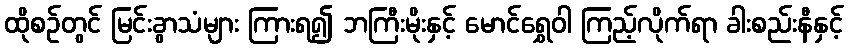
ထိုစဉ်တွင် မြင်းခွာသံများ ကြားရ၍ ဘကြီးမိုးနှင့် မောင်ရွှေဝါ ကြည့်လိုက်ရာ ခါးစည်းနီနှင့်